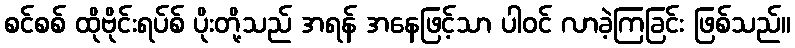
စင်စစ် ထိုဗိုင်းရပ်စ် ပိုးတို့သည် အရန် အနေဖြင့်သာ ပါဝင် လာခဲ့ကြခြင်း ဖြစ်သည်။